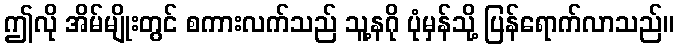
ဤလို အိမ်မျိုးတွင် စကားလက်သည် သူ့နဂို ပုံမှန်သို့ ပြန်ရောက်လာသည်။